Scientific memoirs by medical officers of the Army of India - Part X,
Year: 1897
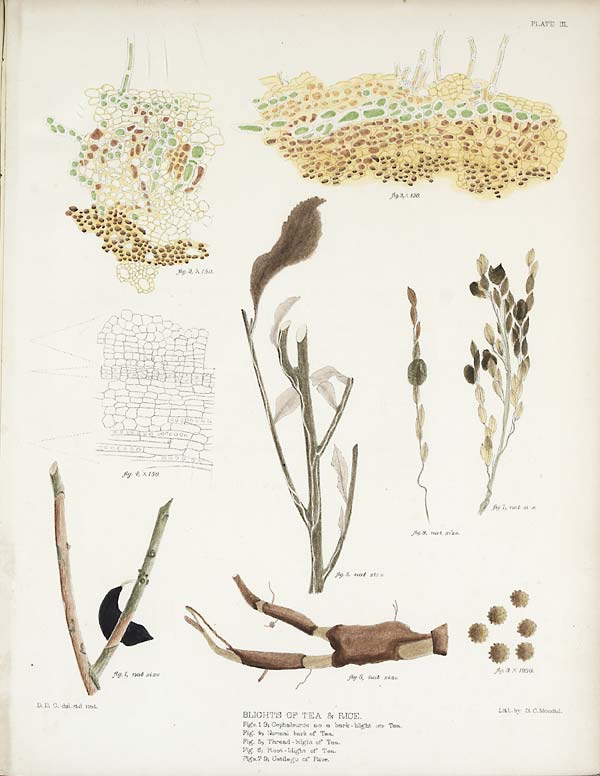
PLATE III.
BLIGHTS OF TEA & RICE.
Figs. 13, Cephaleuros as a bark - blight on Tea.
Fig. 4; Normal bark of Tea.
Fig. 5; Thread - blight of Tea.
Fig. 6; Root - blight of Tea.
F i g s . 7 - 9 ; U s t i l s g o o f R i c e .
D.D.C. del. ad nat.
L i t h b y S . C . M o n d u l .